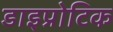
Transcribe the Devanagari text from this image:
डाइप्रोटिक